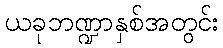
ယခုဘဏ္ဍာနှစ်အတွင်း